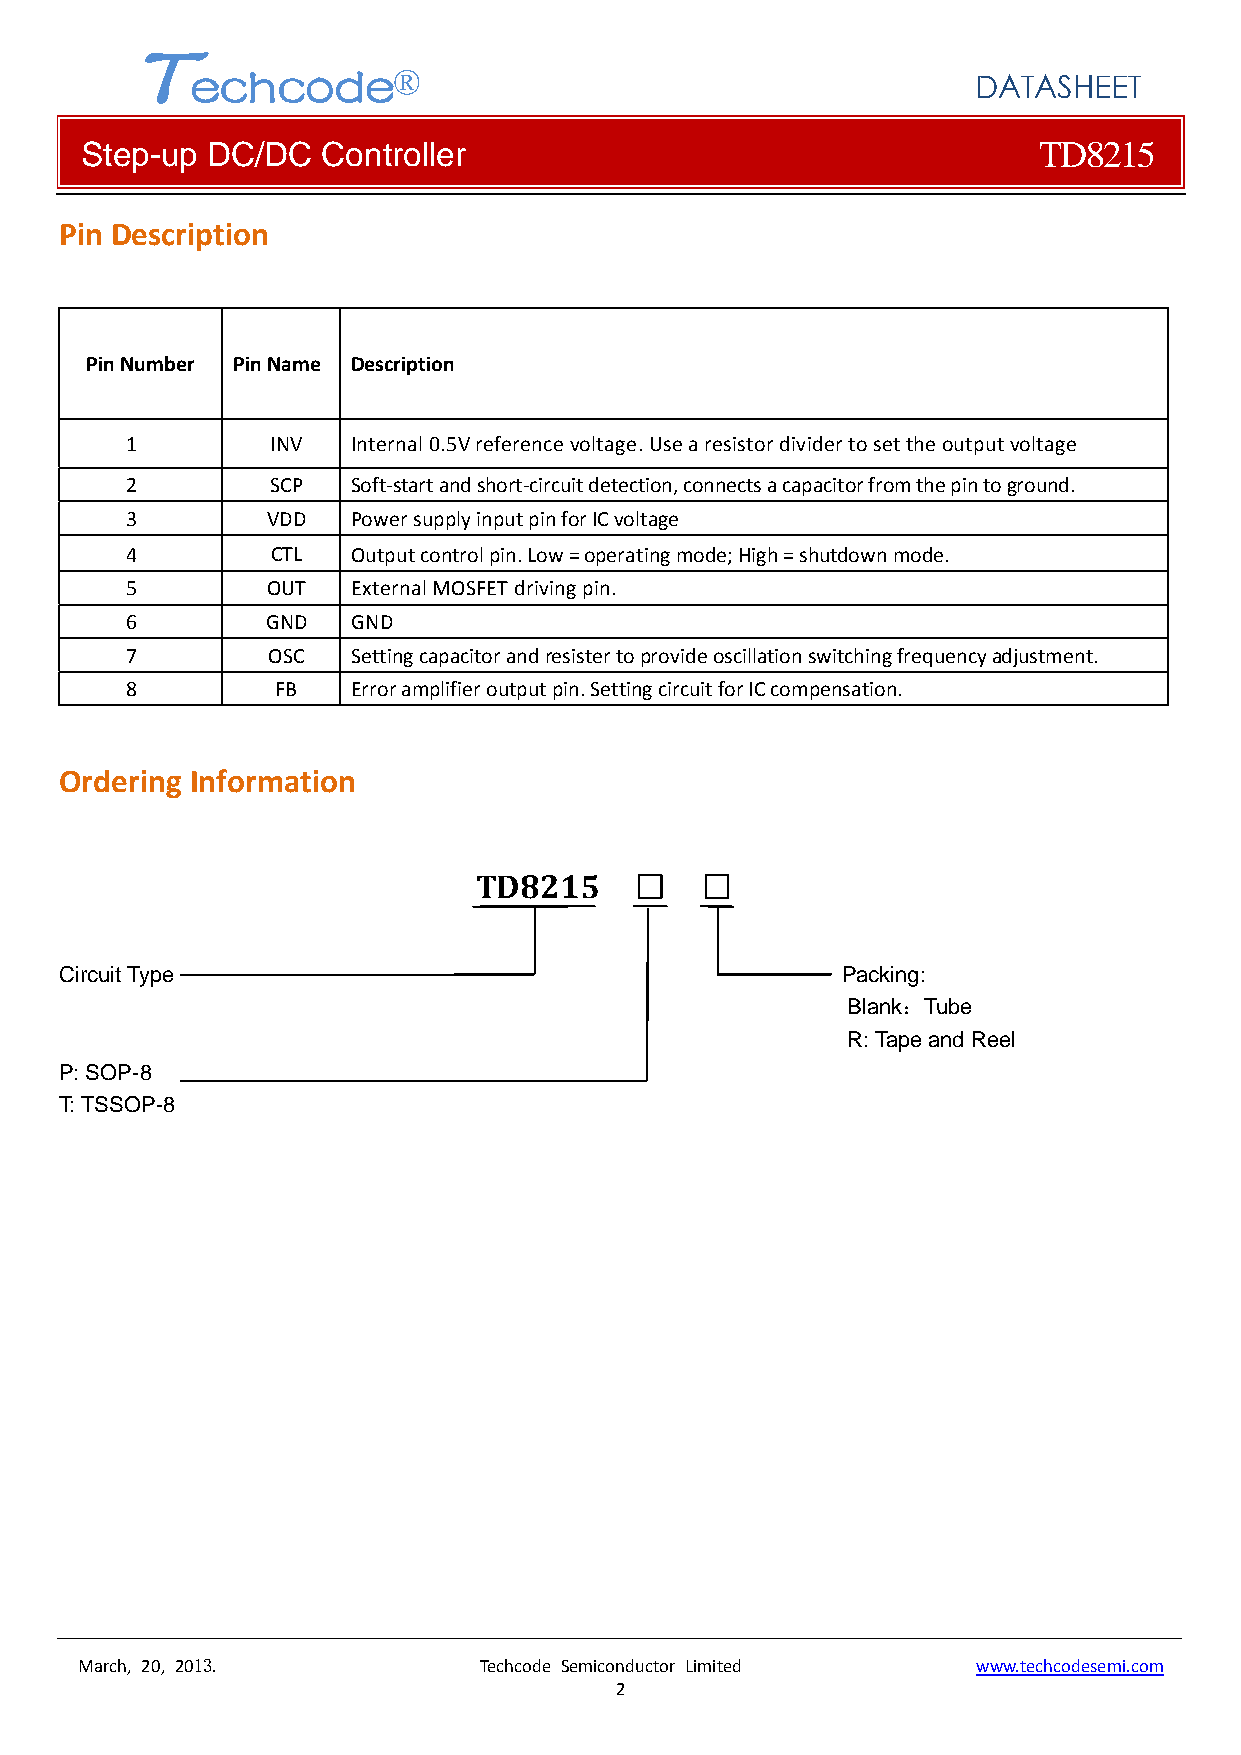
T
 echcode®
 DATASHEET
 Step-up  DC/DC  Controller                                      TD8215
 Pin Description
 Pin Number Pin Name Description
 1         INV  Internal 0.5V reference voltage. Use a resistor divider to set the output voltage
 2         SCP  Soft‐start and short‐circuit detection, connects a capacitor from the pin to ground.
 3         VDD  Power supply input pin for IC voltage
 4         CTL  Output control pin. Low = operating mode; High = shutdown mode.
 5         OUT  External MOSFET driving pin.
 6         GND  GND
 7         OSC  Setting capacitor and resister to provide oscillation switching frequency adjustment.
 8         FB   Error amplifier output pin. Setting circuit for IC compensation.
 Ordering Information
 TD8215     □   □
 Circuit Type                                        Packing:
 Blank：Tube
 R: Tape and Reel
 P: SOP-8
 T: TSSOP-8
 March, 20, 2013.           Techcode Semiconductor Limited   www.techcodesemi.com
 2